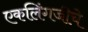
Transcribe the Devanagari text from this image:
एकलिंगजीचे